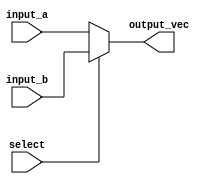
module vector_continuous_assignment (
    input wire [7:0] input_a,    // 8-bit input signal A
    input wire [7:0] input_b,    // 8-bit input signal B
    input wire select,            // Select signal for multiplexing
    output wire [7:0] output_vec  // 8-bit output vector
);

// Continuous assignment for the output vector based on the select signal
assign output_vec = (select) ? input_b : input_a;

endmodule